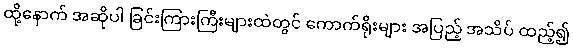
ထို့နောက် အဆိုပါ ခြင်းကြားကြီးများထဲတွင် ကောက်ရိုးများ အပြည့် အသိပ် ထည့်၍